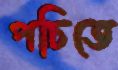
পচিতে